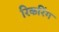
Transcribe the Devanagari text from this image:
रिकरिंग